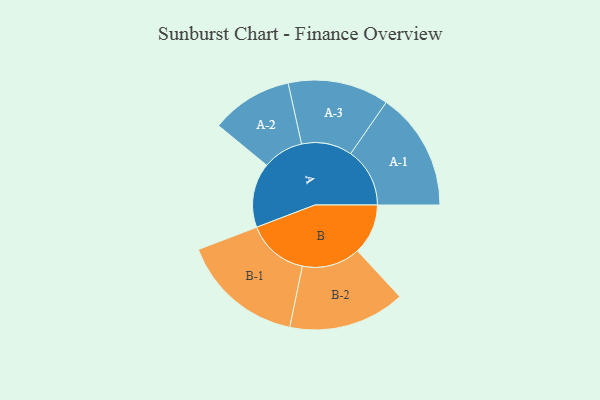
{"axis": {"x": "Segment", "y": "Value"}, "legend": ["", "A", "B"], "data": [{"x": "A", "y": 299, "type": ""}, {"x": "B", "y": 234, "type": ""}, {"x": "A-1", "y": 274, "type": "A"}, {"x": "A-2", "y": 189, "type": "A"}, {"x": "A-3", "y": 234, "type": "A"}, {"x": "B-1", "y": 285, "type": "B"}, {"x": "B-2", "y": 270, "type": "B"}]}